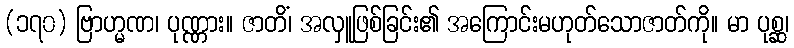
(၁၇၀) ဗြာဟ္မဏ၊ ပုဏ္ဏား။ ဇာတိံ၊ အလှူဖြစ်ခြင်း၏ အကြောင်းမဟုတ်သောဇာတ်ကို။ မာ ပုစ္ဆ၊